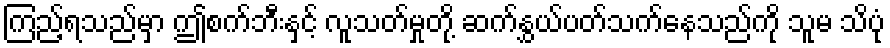
ကြည့်ရသည်မှာ ဤစက်ဘီးနှင့် လူသတ်မှုတို့ ဆက်နွှယ်ပတ်သက်နေသည်ကို သူမ သိပုံ